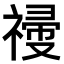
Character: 𥛆